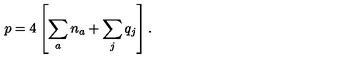
p = 4 \left[ \sum _ { a } n _ { a } + \sum _ { j } q _ { j } \right] .